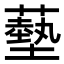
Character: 𦿳